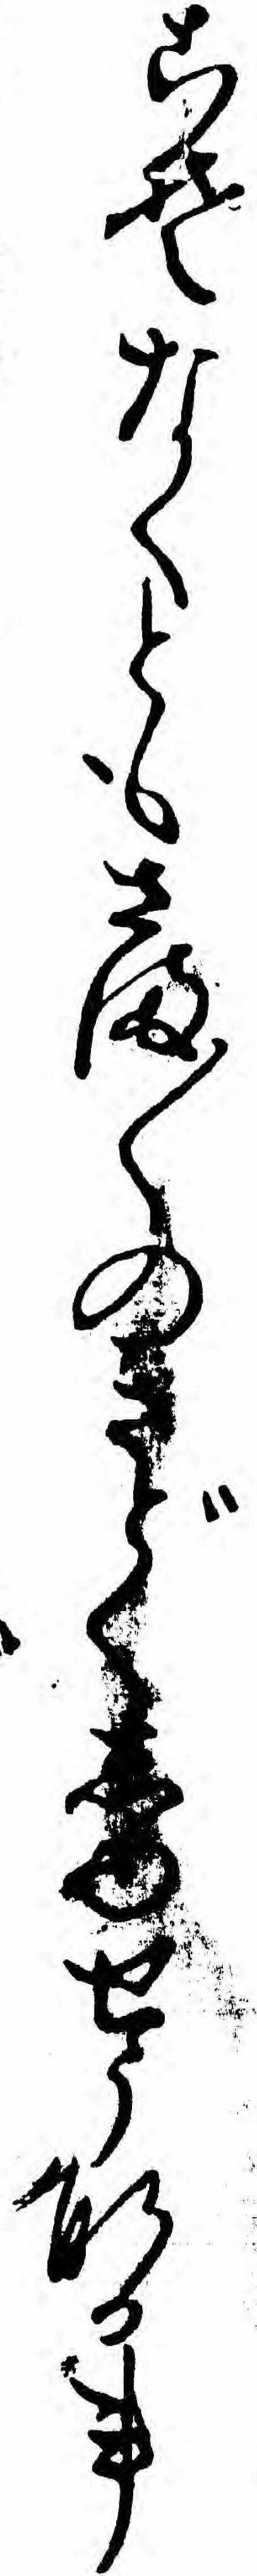
こそなくともさま〱のきどくしゆせうなる事